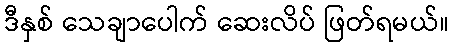
ဒီနှစ် သေချာပေါက် ဆေးလိပ် ဖြတ်ရမယ်။